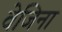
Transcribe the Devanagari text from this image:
वेजिना